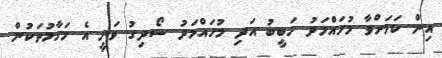
އިން ކަމަށްވާ މުހައްމަދު ހަބީބު އަދި މުހައްމަދު ސޯދިގު ވަނީ އެ މަގާމުތަކުން